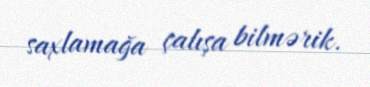
saxlamağa çalışa bilmərik.